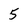
Character: 5